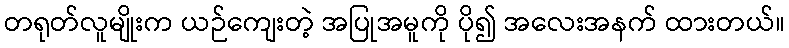
တရုတ်လူမျိုးက ယဉ်ကျေးတဲ့ အပြုအမူကို ပို၍ အလေးအနက် ထားတယ်။